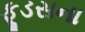
ફૂડસના